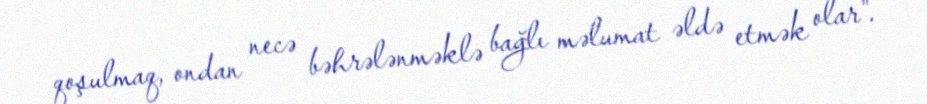
qoşulmaq, ondan necə bəhrələnməklə bağlı məlumat əldə etmək olar".